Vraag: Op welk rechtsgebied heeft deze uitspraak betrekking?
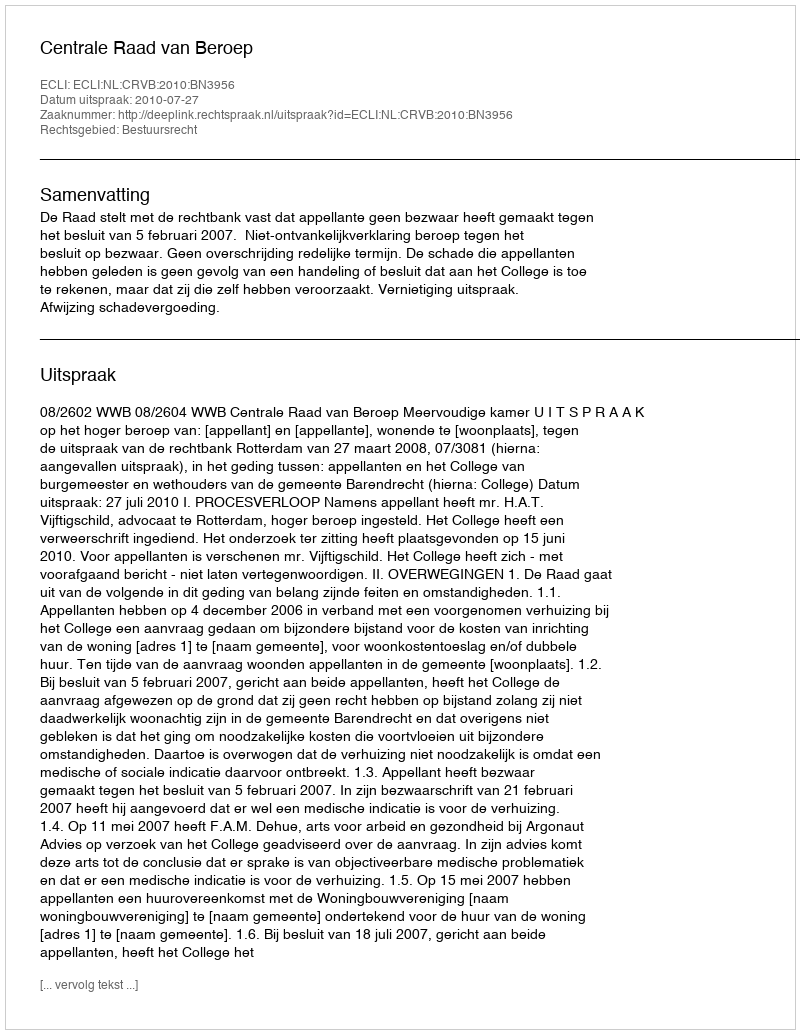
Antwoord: Bestuursrecht